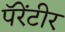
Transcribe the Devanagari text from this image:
पॅरेंटीर